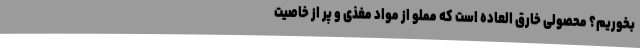
بخوریم؟ محصولی خارق العاده است که مملو از مواد مغذی و پر از خاصیت